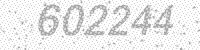
Solution: 602244